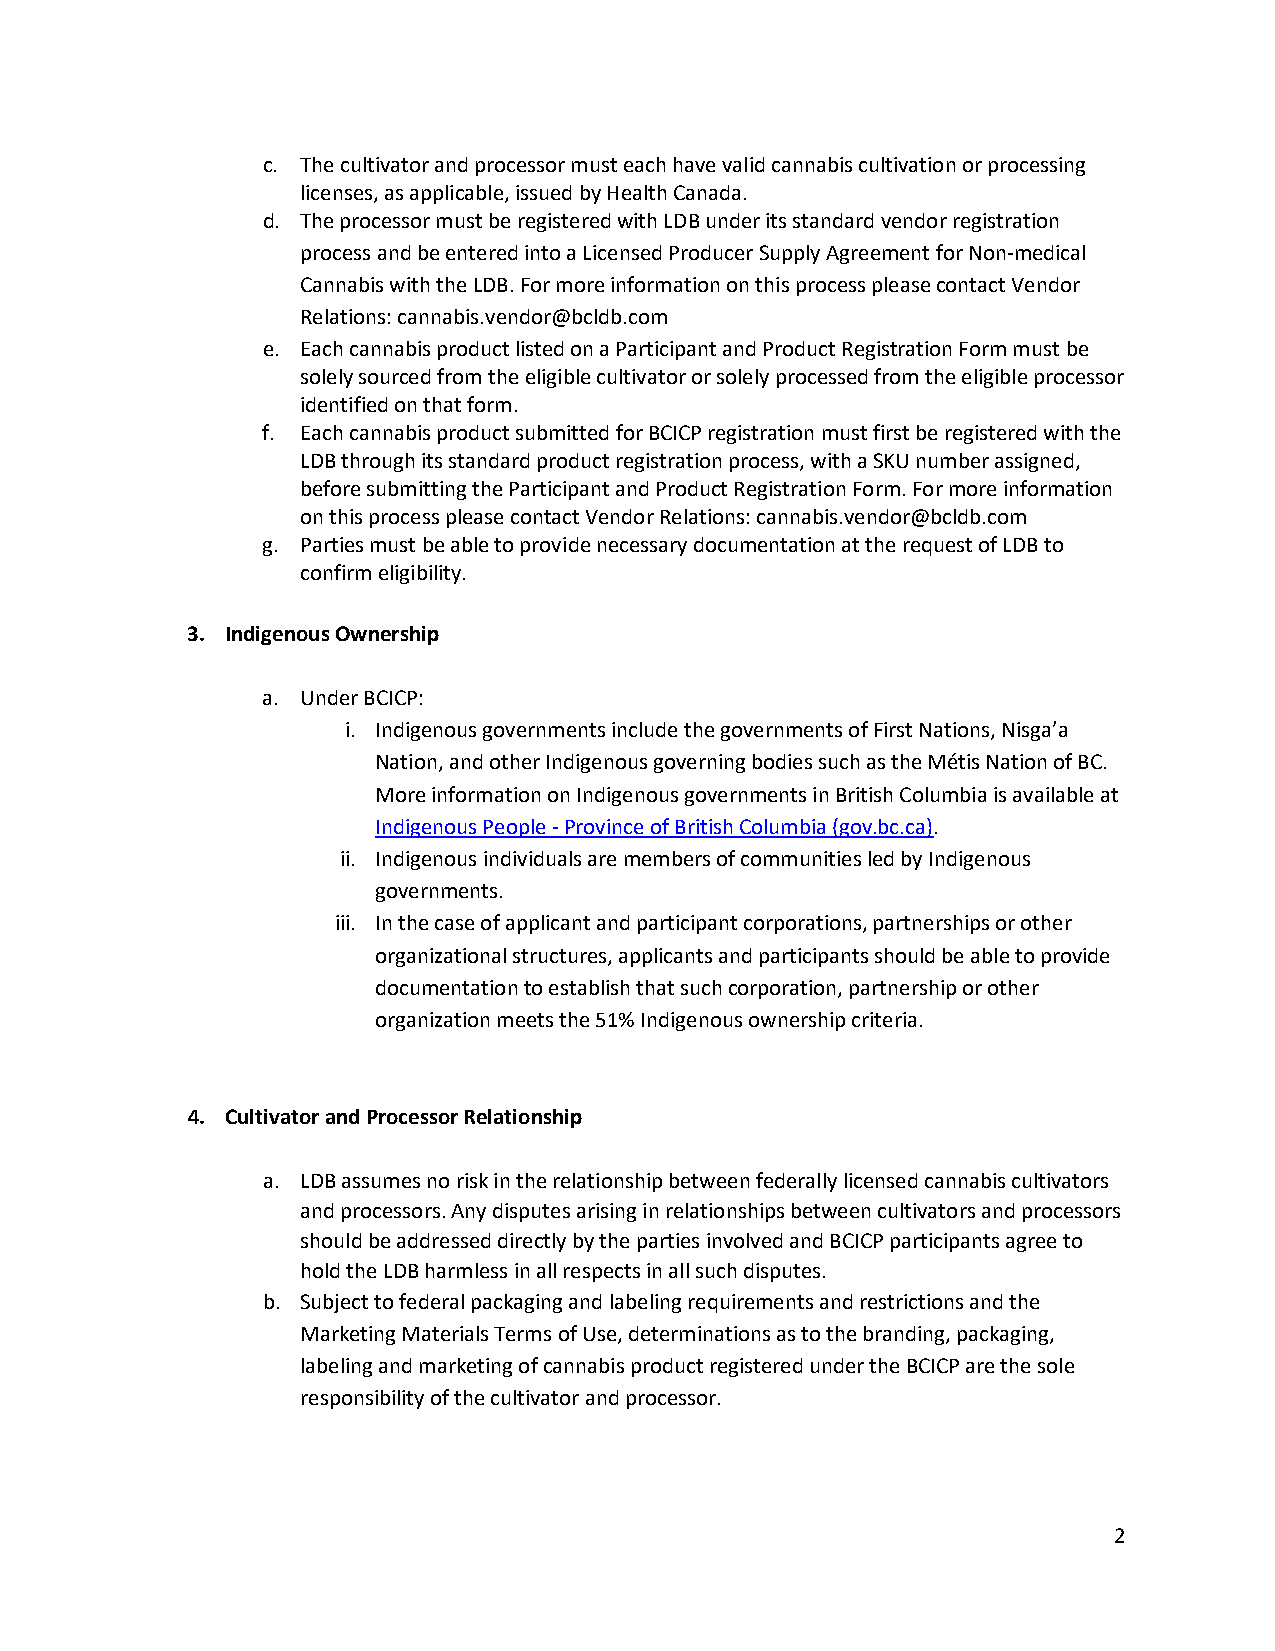
c. The cultivator and processor must each have valid cannabis cultivation or processing
 licenses, as applicable, issued by Health Canada.
 d. The processor must be registered with LDB under its standard vendor registration
 process and be entered into a Licensed Producer Supply Agreement for Non-medical
 Cannabis with the LDB. For more information on this process please contact Vendor
 Relations: cannabis.vendor@bcldb.com
 e. Each cannabis product listed on a Participant and Product Registration Form must be
 solely sourced from the eligible cultivator or solely processed from the eligible processor
 identified on that form.
 f. Each cannabis product submitted for BCICP registration must first be registered with the
 LDB through its standard product registration process, with a SKU number assigned,
 before submitting the Participant and Product Registration Form. For more information
 on this process please contact Vendor Relations: cannabis.vendor@bcldb.com
 g. Parties must be able to provide necessary documentation at the request of LDB to
 confirm eligibility.
 3. Indigenous Ownership
 a. Under BCICP:
 i. Indigenous governments include the governments of First Nations, Nisga’a
 Nation, and other Indigenous governing bodies such as the Métis Nation of BC.
 More information on Indigenous governments in British Columbia is available at
 Indigenous People - Province of British Columbia (gov.bc.ca).
 ii. Indigenous individuals are members of communities led by Indigenous
 governments.
 iii. In the case of applicant and participant corporations, partnerships or other
 organizational structures, applicants and participants should be able to provide
 documentation to establish that such corporation, partnership or other
 organization meets the 51% Indigenous ownership criteria.
 4. Cultivator and Processor Relationship
 a. LDB assumes no risk in the relationship between federally licensed cannabis cultivators
 and processors. Any disputes arising in relationships between cultivators and processors
 should be addressed directly by the parties involved and BCICP participants agree to
 hold the LDB harmless in all respects in all such disputes.
 b. Subject to federal packaging and labeling requirements and restrictions and the
 Marketing Materials Terms of Use, determinations as to the branding, packaging,
 labeling and marketing of cannabis product registered under the BCICP are the sole
 responsibility of the cultivator and processor.
 2